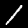
Label: 1